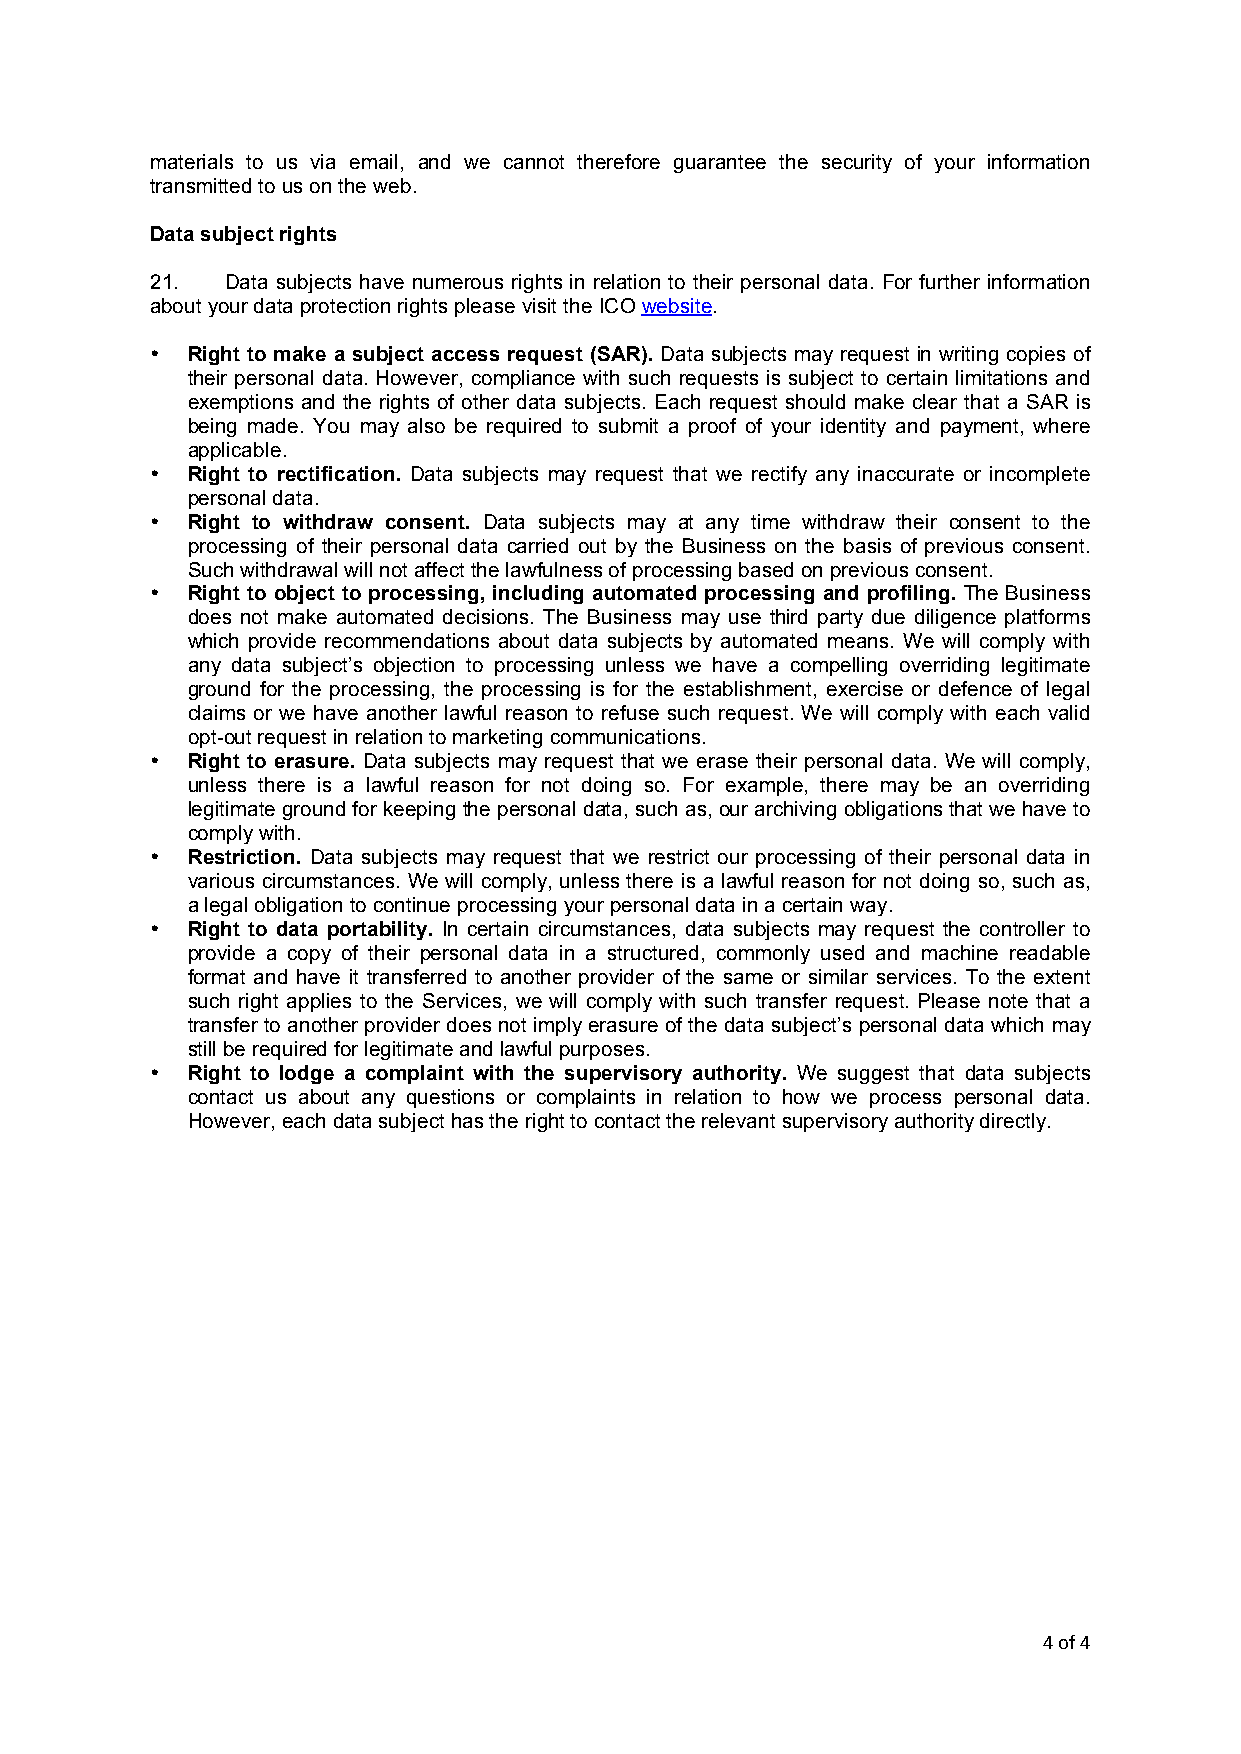
materials to us via email, and we cannot therefore guarantee the security of your information
 transmitted to us on the web.
 Data subject rights
 21.  Data subjects have numerous rights in relation to their personal data. For further information
 about your data protection rights please visit the ICO website.
 • Right to make a subject access request (SAR). Data subjects may request in writing copies of
 their personal data. However, compliance with such requests is subject to certain limitations and
 exemptions and the rights of other data subjects. Each request should make clear that a SAR is
 being made. You may also be required to submit a proof of your identity and payment, where
 applicable.
 • Right to rectification. Data subjects may request that we rectify any inaccurate or incomplete
 personal data.
 • Right to withdraw consent. Data subjects may at any time withdraw their consent to the
 processing of their personal data carried out by the Business on the basis of previous consent.
 Such withdrawal will not affect the lawfulness of processing based on previous consent.
 • Right to object to processing, including automated processing and profiling. The Business
 does not make automated decisions. The Business may use third party due diligence platforms
 which provide recommendations about data subjects by automated means. We will comply with
 any data subject’s objection to processing unless we have a compelling overriding legitimate
 ground for the processing, the processing is for the establishment, exercise or defence of legal
 claims or we have another lawful reason to refuse such request. We will comply with each valid
 opt-out request in relation to marketing communications.
 • Right to erasure. Data subjects may request that we erase their personal data. We will comply,
 unless there is a lawful reason for not doing so. For example, there may be an overriding
 legitimate ground for keeping the personal data, such as, our archiving obligations that we have to
 comply with.
 • Restriction. Data subjects may request that we restrict our processing of their personal data in
 various circumstances. We will comply, unless there is a lawful reason for not doing so, such as,
 a legal obligation to continue processing your personal data in a certain way.
 • Right to data portability. In certain circumstances, data subjects may request the controller to
 provide a copy of their personal data in a structured, commonly used and machine readable
 format and have it transferred to another provider of the same or similar services. To the extent
 such right applies to the Services, we will comply with such transfer request. Please note that a
 transfer to another provider does not imply erasure of the data subject’s personal data which may
 still be required for legitimate and lawful purposes.
 • Right to lodge a complaint with the supervisory authority. We suggest that data subjects
 contact us about any questions or complaints in relation to how we process personal data.
 However, each data subject has the right to contact the relevant supervisory authority directly.
 4 of 4